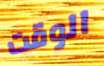
الوقت